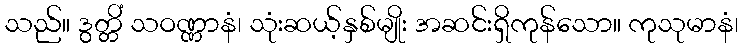
သည်။ ဒွတ္တိံ သဝဏ္ဏာနံ၊ သုံးဆယ့်နှစ်မျိုး အဆင်းရှိကုန်သော။ ကုသုမာနံ၊